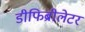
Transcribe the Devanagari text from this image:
डीफिब्रीलेटर